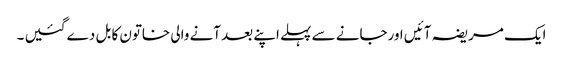
ایک مریضہ آئیں اورجانے سے پہلے اپنے بعد آنے والی خاتون کا بل دے گئیں ۔